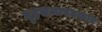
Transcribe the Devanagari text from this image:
गृहसजावटकार